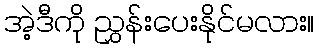
အဲ့ဒီကို ညွှန်းပေးနိုင်မလား။